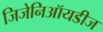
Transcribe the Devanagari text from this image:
जिजेनिऑयडीज